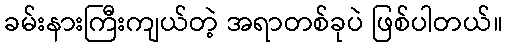
ခမ်းနားကြီးကျယ်တဲ့ အရာတစ်ခုပဲ ဖြစ်ပါတယ်။